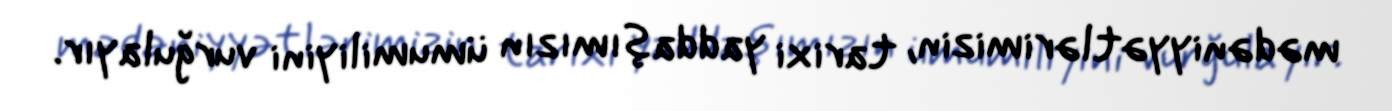
mədəniyyətlərimizin, tarixi yaddaşımızın ümumiliyini vurğulayır.